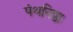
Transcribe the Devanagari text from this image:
पंथनिष्ठा